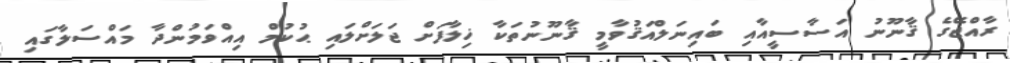
ރާއްޖޭގެ ޤާނޫނު އަސާސީއާއި ބައިނަލްއަޤުވާމީ ޤާނޫނުތަކާ ޚިލާފަށް ޖަލަށްލައި ޙުކުމް އިއްވަމުންދާ މައްސަލާގައި